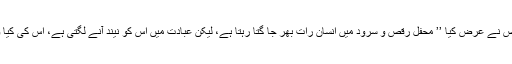
ایک شخص نے عرض کیا ’’ محفل رقص و سرود میں انسان رات بھر جا گتا رہتا ہے، لیکن عبادت میں اس کو نیند آنے لگتی ہے، اس کی کیا وجہ ہے؟